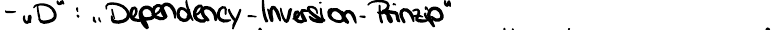
- "D": "Dependency-Inversion-Prinzip"